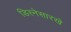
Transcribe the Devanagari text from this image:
डिस्नेसारखे